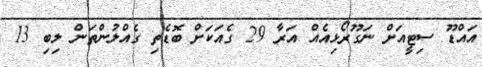
އައްޑޫ ސިޓީއަށް ނަގޫރޯޅިއެއް އަރާ 29 ގެއަކަށް ބޮޑެތި ގެއްލުންތަން ލިބި 13